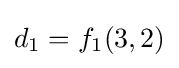
d_{1}=f_{1}(3,2)